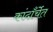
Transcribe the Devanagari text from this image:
कांदाँर्चेत